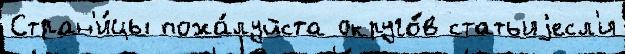
Стран'и́цы пожа́луйста округо́в статьиjесл'и